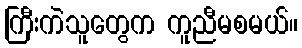
ကြီးကဲသူတွေက ကူညီမစမယ်။